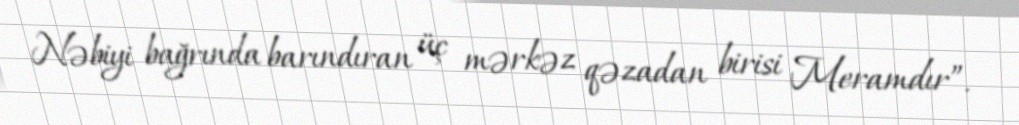
Nəbiyi bağrında barındıran üç mərkəz qəzadan birisi Meramdır”.